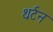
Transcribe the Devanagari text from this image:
थर्टन